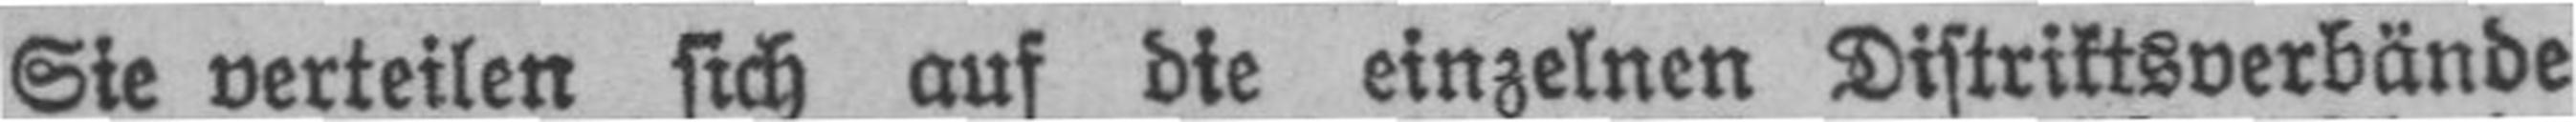
Sie verteilen sich auf die einzelnen Distriktsverbände